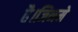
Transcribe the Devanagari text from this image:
है।जिनमे